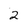
Character: 2